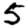
Digit: 5